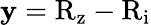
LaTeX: \mathbf{y}=\mathrm{{R_{z}-R_{i}}}